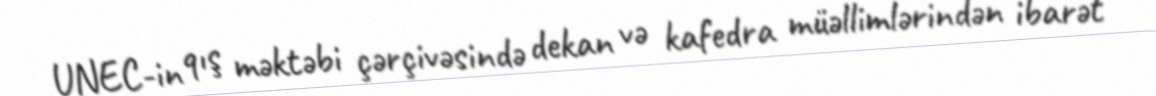
UNEC-in qış məktəbi çərçivəsində dekan və kafedra müəllimlərindən ibarət